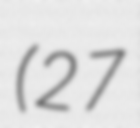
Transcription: (27